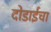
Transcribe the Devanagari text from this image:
दोडाईचा